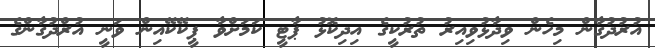
އުރުދުގާން މިހެން ވިދާޅުވިއިރު ތުރުކީގެ އިދިކޮޅު ޕާޓީ ކަމަށްވާ ޕީކޭކޭއިން ވަނީ އުރްދުގާންގެ